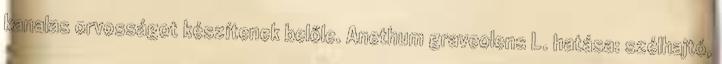
kanalas orvosságot készítenek belőle. Anethum graveolens L. hatása: szélhajtó,